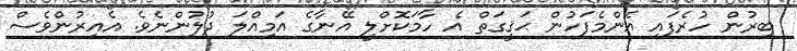
ބިރުން ހުރެފައި އެންމެފަހުން ޙަޤީގަތް އެ ހާމަކޮށްލީ އޭނާގެ އަމިއްލަ ދުލުންނެވެ. އެއިރުންވެސް